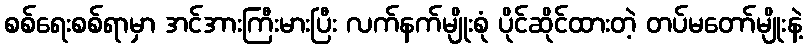
စစ်ရေးစစ်ရာမှာ အင်အားကြီးမားပြီး လက်နက်မျိုးစုံ ပိုင်ဆိုင်ထားတဲ့ တပ်မတော်မျိုးနဲ့